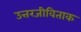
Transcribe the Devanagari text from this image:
उत्तरजीविताक